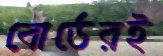
বোর্ডেরই